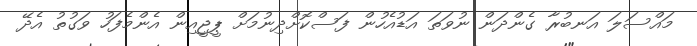
މައްސަލަ އަނބުރާ ގެންދަން ނުވަތަ އަޑުއެހުން ފަސްކޮށްދިނުމަށް ޕީޖީއިން އެންމެފަހު ވަގުތު އެދޭ